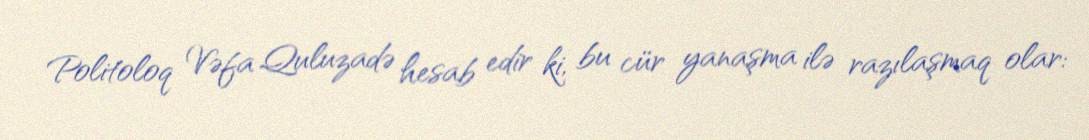
Politoloq Vəfa Quluzadə hesab edir ki, bu cür yanaşma ilə razılaşmaq olar: